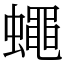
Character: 蠅